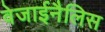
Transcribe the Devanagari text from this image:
वेजाईनैलिस